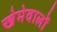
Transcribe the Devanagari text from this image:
खेमेवालों